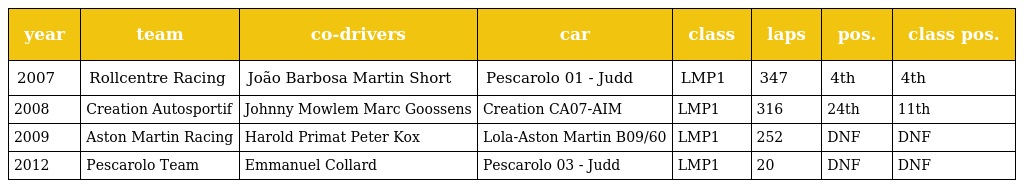
| year | team | co-drivers | car | class | laps | pos. | class pos. |
 | --- | --- | --- | --- | --- | --- | --- | --- |
 | 2007 | Rollcentre Racing | João Barbosa Martin Short | Pescarolo 01 - Judd | LMP1 | 347 | 4th | 4th |
 | 2008 | Creation Autosportif | Johnny Mowlem Marc Goossens | Creation CA07-AIM | LMP1 | 316 | 24th | 11th |
 | 2009 | Aston Martin Racing | Harold Primat Peter Kox | Lola-Aston Martin B09/60 | LMP1 | 252 | DNF | DNF |
 | 2012 | Pescarolo Team | Emmanuel Collard | Pescarolo 03 - Judd | LMP1 | 20 | DNF | DNF |